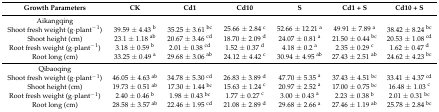
| Growth Parameters | CK | Cd1 | Cd10 | S | Cd1 + S | Cd10 + S |
 | --- | --- | --- | --- | --- | --- | --- |
 | Aikangqing |  |  |  |  |  |  |
 | Shoot fresh weight (g·plant−1) | 39.59 ± 4.43 b | 35.25 ± 3.61 bc | 25.66 ± 2.84 c | 52.66 ± 12.21 a | 49.91 ± 7.89 a | 38.42 ± 8.24 bc |
 | Shoot height (cm) | 23.1 ± 1.18 ab | 20.67 ± 3.46 cd | 18.70 ± 2.09 d | 24.07 ± 0.81 a | 21.50 ± 0.44 bc | 20.53 ± 1.08 cd |
 | Root fresh weight (g·plant−1) | 3.18 ± 0.59 b | 2.01 ± 0.38 cd | 1.52 ± 0.37 d | 4.18 ± 0.2 a | 2.35 ± 0.29 c | 1.62 ± 0.47 d |
 | Root long (cm) | 33.25 ± 0.49 a | 29.68 ± 3.06 ab | 24.12 ± 4.42 c | 30.94 ± 4.95 ab | 27.43 ± 2.51 ab | 24.62 ± 4.23 bc |
 | Qibaoqing |  |  |  |  |  |  |
 | Shoot fresh weight(g·plant−1) | 46.05 ± 4.63 ab | 34.78 ± 5.30 cd | 26.83 ± 3.89 d | 47.70 ± 5.35 a | 37.43 ± 4.51 bc | 33.41 ± 4.37 cd |
 | Shoot height (cm) | 19.73 ± 0.51 ab | 17.30 ± 1.44 bc | 15.63 ± 1.24 c | 20.97 ± 2.52 a | 17.00 ± 0.75 bc | 16.48 ± 1.03 c |
 | Root fresh weight (g·plant−1) | 2.40 ± 0.46 b | 1.98 ± 0.43 bc | 1.77 ± 0.27 c | 3.00 ± 0.43 a | 2.23 ± 0.38 b | 2.01 ± 0.31 bc |
 | Root long (cm) | 28.58 ± 3.57 ab | 22.46 ± 1.95 cd | 21.08 ± 2.89 d | 29.68 ± 2.66 a | 27.46 ± 1.19 ab | 25.78 ± 2.84 bc |